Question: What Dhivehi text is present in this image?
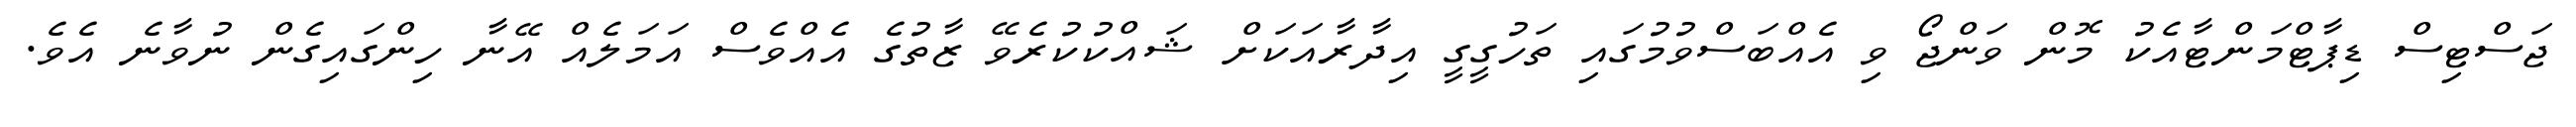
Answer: ޖަސްޓިސް ޑިޕާޓްމަންޓާއެކު މޮން ވަންޖޯ ވި އެއްބަސްވުމުގައި ތަހުގީގީ އިދާރާއަކަށް ޝައްކުކުރެވޭ ޒާތުގެ އެއްވެސް އަމަލެއް އޭނާ ހިންގައިގެން ނުވާނެ އެވެ.